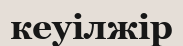
кеуілжір